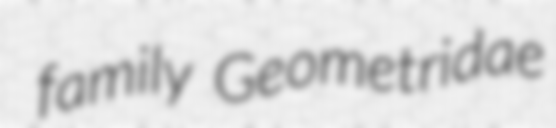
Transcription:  family Geometridae